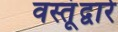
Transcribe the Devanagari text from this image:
वस्तूंद्वारे